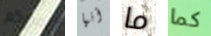
لحضوركم أنها ما كما